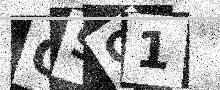
Text: QSQ1